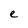
Character: e